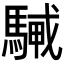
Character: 𩤭